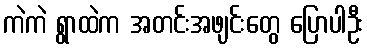
ကဲကဲ ရွာထဲက အတင်းအဖျင်းတွေ ပြောပါဦး